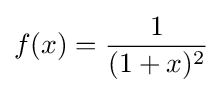
f(x)={\frac {1}{(1+x)^{2}}}